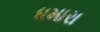
ધમારા